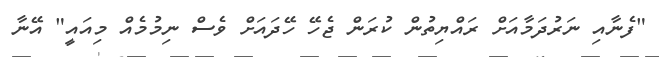
"ފެނާއި ނަރުދަމާއަށް ރައްޔިތުން ކުރަން ޖެހޭ ހޭދައަށް ވެސް ނިމުމެއް މިއައީ" އޭނާ